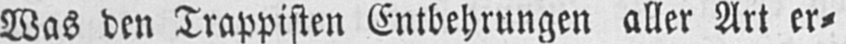
Was den Trappisten Entbehrungen aller Art er⸗